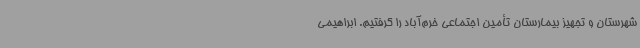
شهرستان و تجهیز بیمارستان تأمین اجتماعی خرم‌آباد را گرفتیم. ابراهیمی